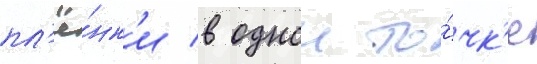
пл'ё́нк'и в однои то́чк'е